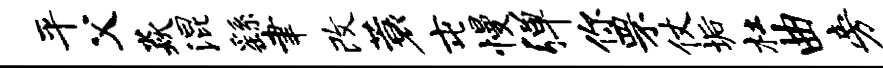
平父焱混繇聿改蓑屯慢弹你罘仗垢杜曲旁